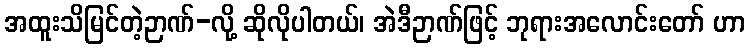
အထူးသိမြင်တဲ့ဉာဏ်-လို့ ဆိုလိုပါတယ်၊ အဲဒီဉာဏ်ဖြင့် ဘုရားအလောင်းတော် ဟာ